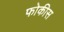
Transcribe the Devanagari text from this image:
फोकीस